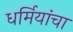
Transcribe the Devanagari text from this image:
धर्मियांचा